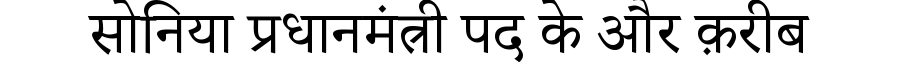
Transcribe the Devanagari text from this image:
सोनिया प्रधानमंत्री पद के और क़रीब